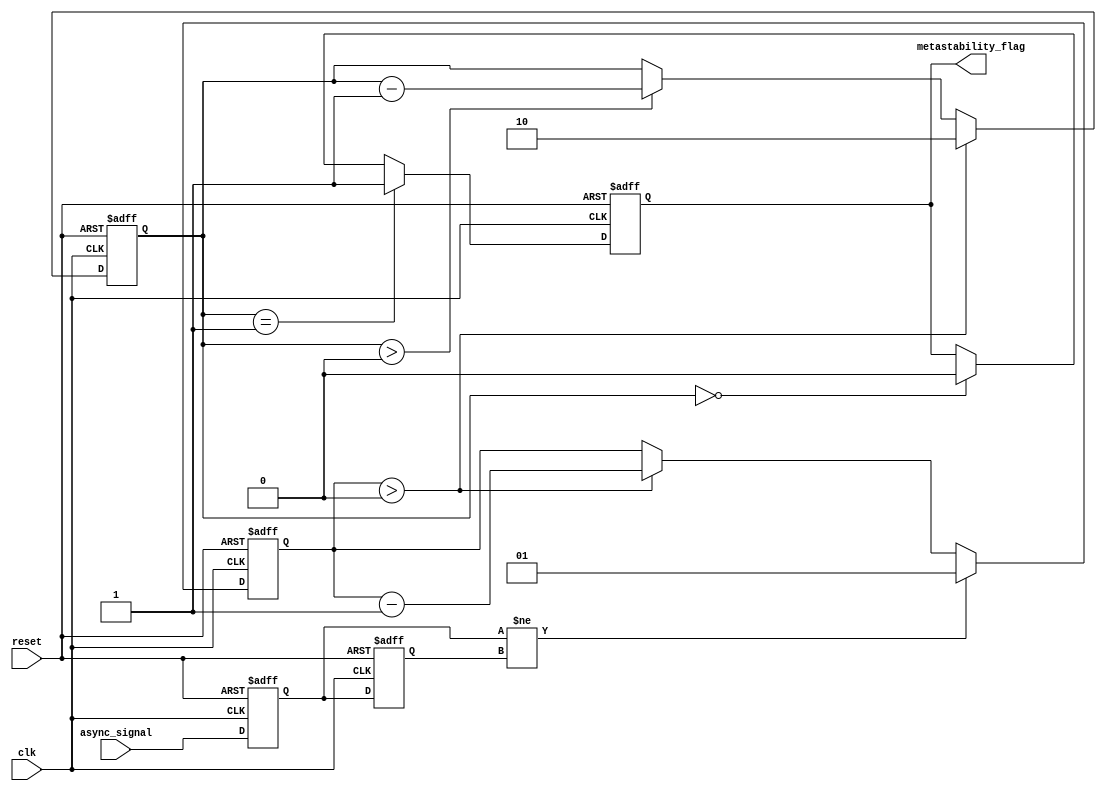
module metastability_detector (
    input wire clk,               // System clock
    input wire reset,             // Reset signal
    input wire async_signal,      // Asynchronous input signal
    output reg metastability_flag  // Metastability flag output
);

    // Parameters for pulse width and metastability detection duration
    parameter PULSE_WIDTH = 1;      // Pulse width in clock cycles
    parameter METASTABILITY_TIME = 2; // Time to detect metastability in clock cycles

    // Internal signals
    reg ff1, ff2;                   // Outputs of the flip-flops
    reg [1:0] pulse_counter;        // Counter for pulse width
    reg [1:0] meta_counter;         // Counter for metastability detection

    // Flip-flop stage 1
    always @(posedge clk or posedge reset) begin
        if (reset) begin
            ff1 <= 1'b0;
        end else begin
            ff1 <= async_signal; // Sample the asynchronous signal
        end
    end

    // Flip-flop stage 2
    always @(posedge clk or posedge reset) begin
        if (reset) begin
            ff2 <= 1'b0;
        end else begin
            ff2 <= ff1; // Sample the output of the first flip-flop
        end
    end

    // Pulse generation logic
    always @(posedge clk or posedge reset) begin
        if (reset) begin
            pulse_counter <= 2'b0;
        end else if (ff1 != ff2) begin // Detect a change between FF1 and FF2
            pulse_counter <= PULSE_WIDTH; // Start pulse
        end else if (pulse_counter > 0) begin
            pulse_counter <= pulse_counter - 1; // Decrement pulse counter
        end
    end

    // Metastability detection logic
    always @(posedge clk or posedge reset) begin
        if (reset) begin
            metastability_flag <= 1'b0;
            meta_counter <= 2'b0;
        end else begin
            if (pulse_counter > 0) begin
                // Pulse detected, potentially metastable
                meta_counter <= METASTABILITY_TIME; // Start metastability detection
            end else if (meta_counter > 0) begin
                meta_counter <= meta_counter - 1; // Decrement metastability counter
            end
            
            // If the metastability counter reaches zero, set the flag
            if (meta_counter == 1) begin
                metastability_flag <= 1'b1; // Assert metastability flag
            end else if (meta_counter == 0) begin
                metastability_flag <= 1'b0; // Clear flag after detection time
            end
        end
    end

endmodule